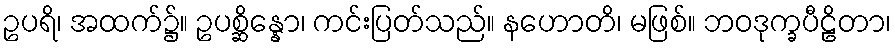
ဥပရိ၊ အထက်၌။ ဥပစ္ဆိန္နော၊ ကင်းပြတ်သည်။ နဟောတိ၊ မဖြစ်။ ဘဝဒုက္ခပီဠိတာ၊